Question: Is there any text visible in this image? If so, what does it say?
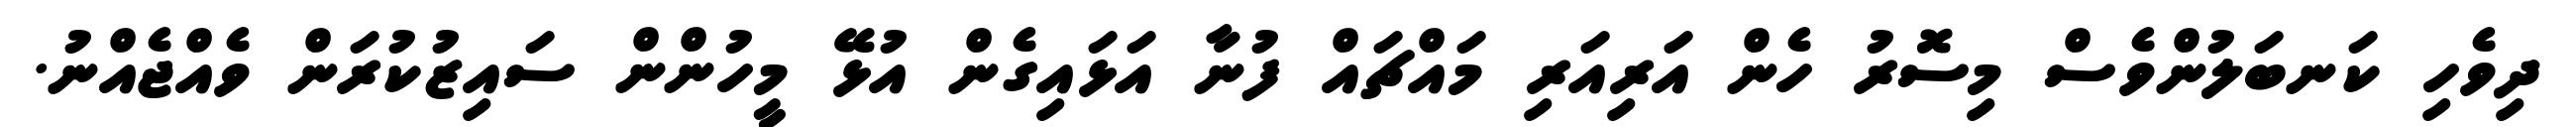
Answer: ދިވެހި ކަނބަލުންވެސް މިސޮރު ހެން އަރިއަރި މައްޗައް ފުނާ އަޅައިގެން އުޅޭ މީހުންން ސައިޒުކުރަން ވެއްޖެއްނު.